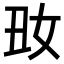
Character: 𡚽